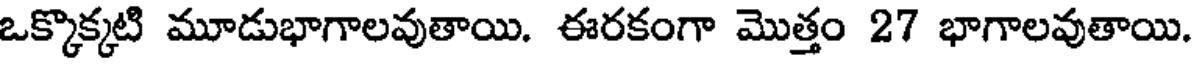
ఒక్కొక్కటి మూడుభాగాలవుతాయి. ఈరకంగా మొత్తం 27 భాగాలవుతాయి.